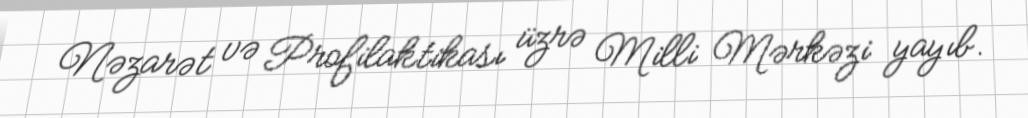
Nəzarət və Profilaktikası üzrə Milli Mərkəzi yayıb.